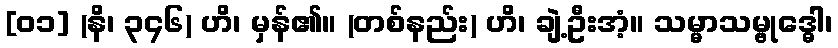
[၀၁] (နိ၊ ၃၄၆) ဟိ၊ မှန်၏။ (တစ်နည်း) ဟိ၊ ချဲ့ဦးအံ့။ သမ္မာသမ္ဗုဒ္ဓေါ၊